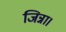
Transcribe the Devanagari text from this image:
जिन्ना।